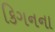
કિગનના